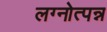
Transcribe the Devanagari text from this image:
लग्नोत्पन्न